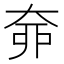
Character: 𡘣